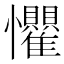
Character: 𪭈